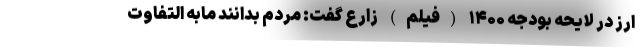
ارز در لایحه بودجه ۱۴۰۰ (فیلم) زارع گفت: مردم بدانند مابه التفاوت